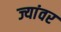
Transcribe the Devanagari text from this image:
ज्यांवर